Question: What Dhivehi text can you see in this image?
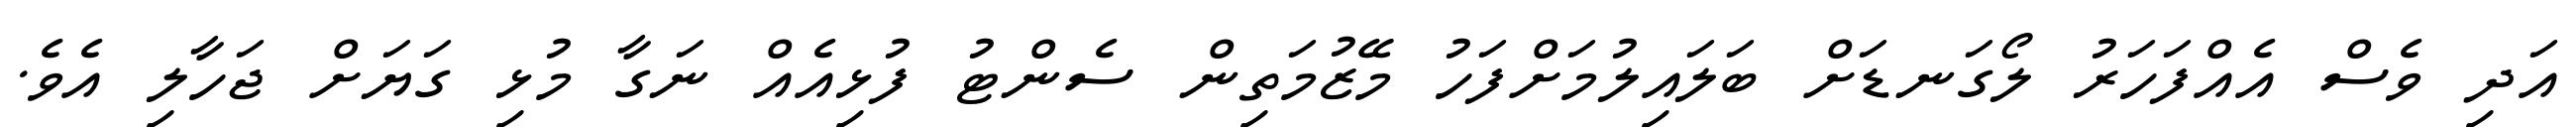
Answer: އަދި ވެސް އެއްފަހަރު ލޯގަނޑަށް ބަލައިލުމަށްފަހު މޭޒުމަތިން ސެންޓު ފުޅިއެއް ނަގާ މުޅި ގަޔަށް ޖަހާލި އެވެ.